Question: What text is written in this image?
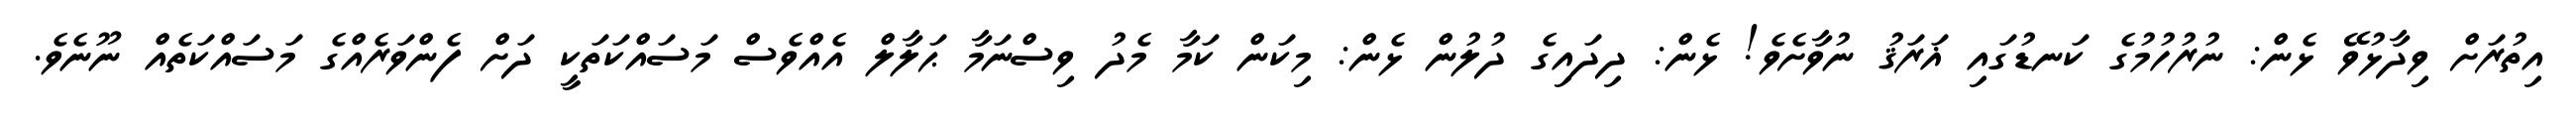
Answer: އިތުރަށް ވިދާޅުވޭ ޅެން: ނުރުހުމުގެ ކަނޑުގައި ޣަރަޤު ނުވާށެވެ! ޅެން: ދިދައިގެ ދުލުން ޅެން: މިކަން ކަމާ މެދު ވިސްނަމާ ޙަލާލް އެއްވެސް މަސައްކަތަކީ ދަށް ފެންވަރެއްގެ މަސައްކަތެއް ނޫނެވެ.